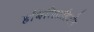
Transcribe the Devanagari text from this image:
हबिलिततिओन